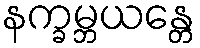
နက္ခမ္ဘယန္တေ